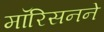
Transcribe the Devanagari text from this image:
मॉरिसनने